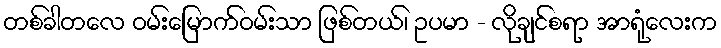
တစ်ခါတလေ ဝမ်းမြောက်ဝမ်းသာ ဖြစ်တယ်၊ ဥပမာ - လိုချင်စရာ အာရုံလေးက